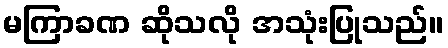
မကြာခဏ ဆိုသလို အသုံးပြုသည်။